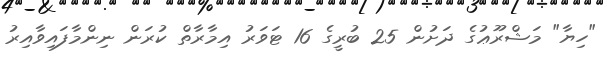
"ހިޔާ" މަޝްރޫޢުގެ ދަށުން 25 ބުރީގެ 16 ޓަވަރު އިމާރާތް ކުރަން ނިންމާފައިވާއިރު